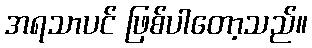
အရသာပင် ဖြစ်ပါတော့သည်။